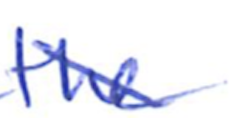
Text: the
Cross-out: diagonal
Writing tool: ballpoint